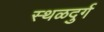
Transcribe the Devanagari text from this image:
स्थळदुर्ग